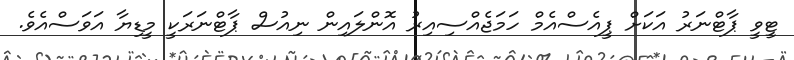
ޓީވީ ޕާޓްނަރު އަކަށް ޕީއެސްއެމް ހަމަޖެއްސިއިރު އޮންލައިން ނިއުސް ޕާޓްނަރަކީ މީޑިޔާ އަވަސްއެވެ.